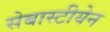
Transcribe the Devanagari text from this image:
सेबास्टीयेन